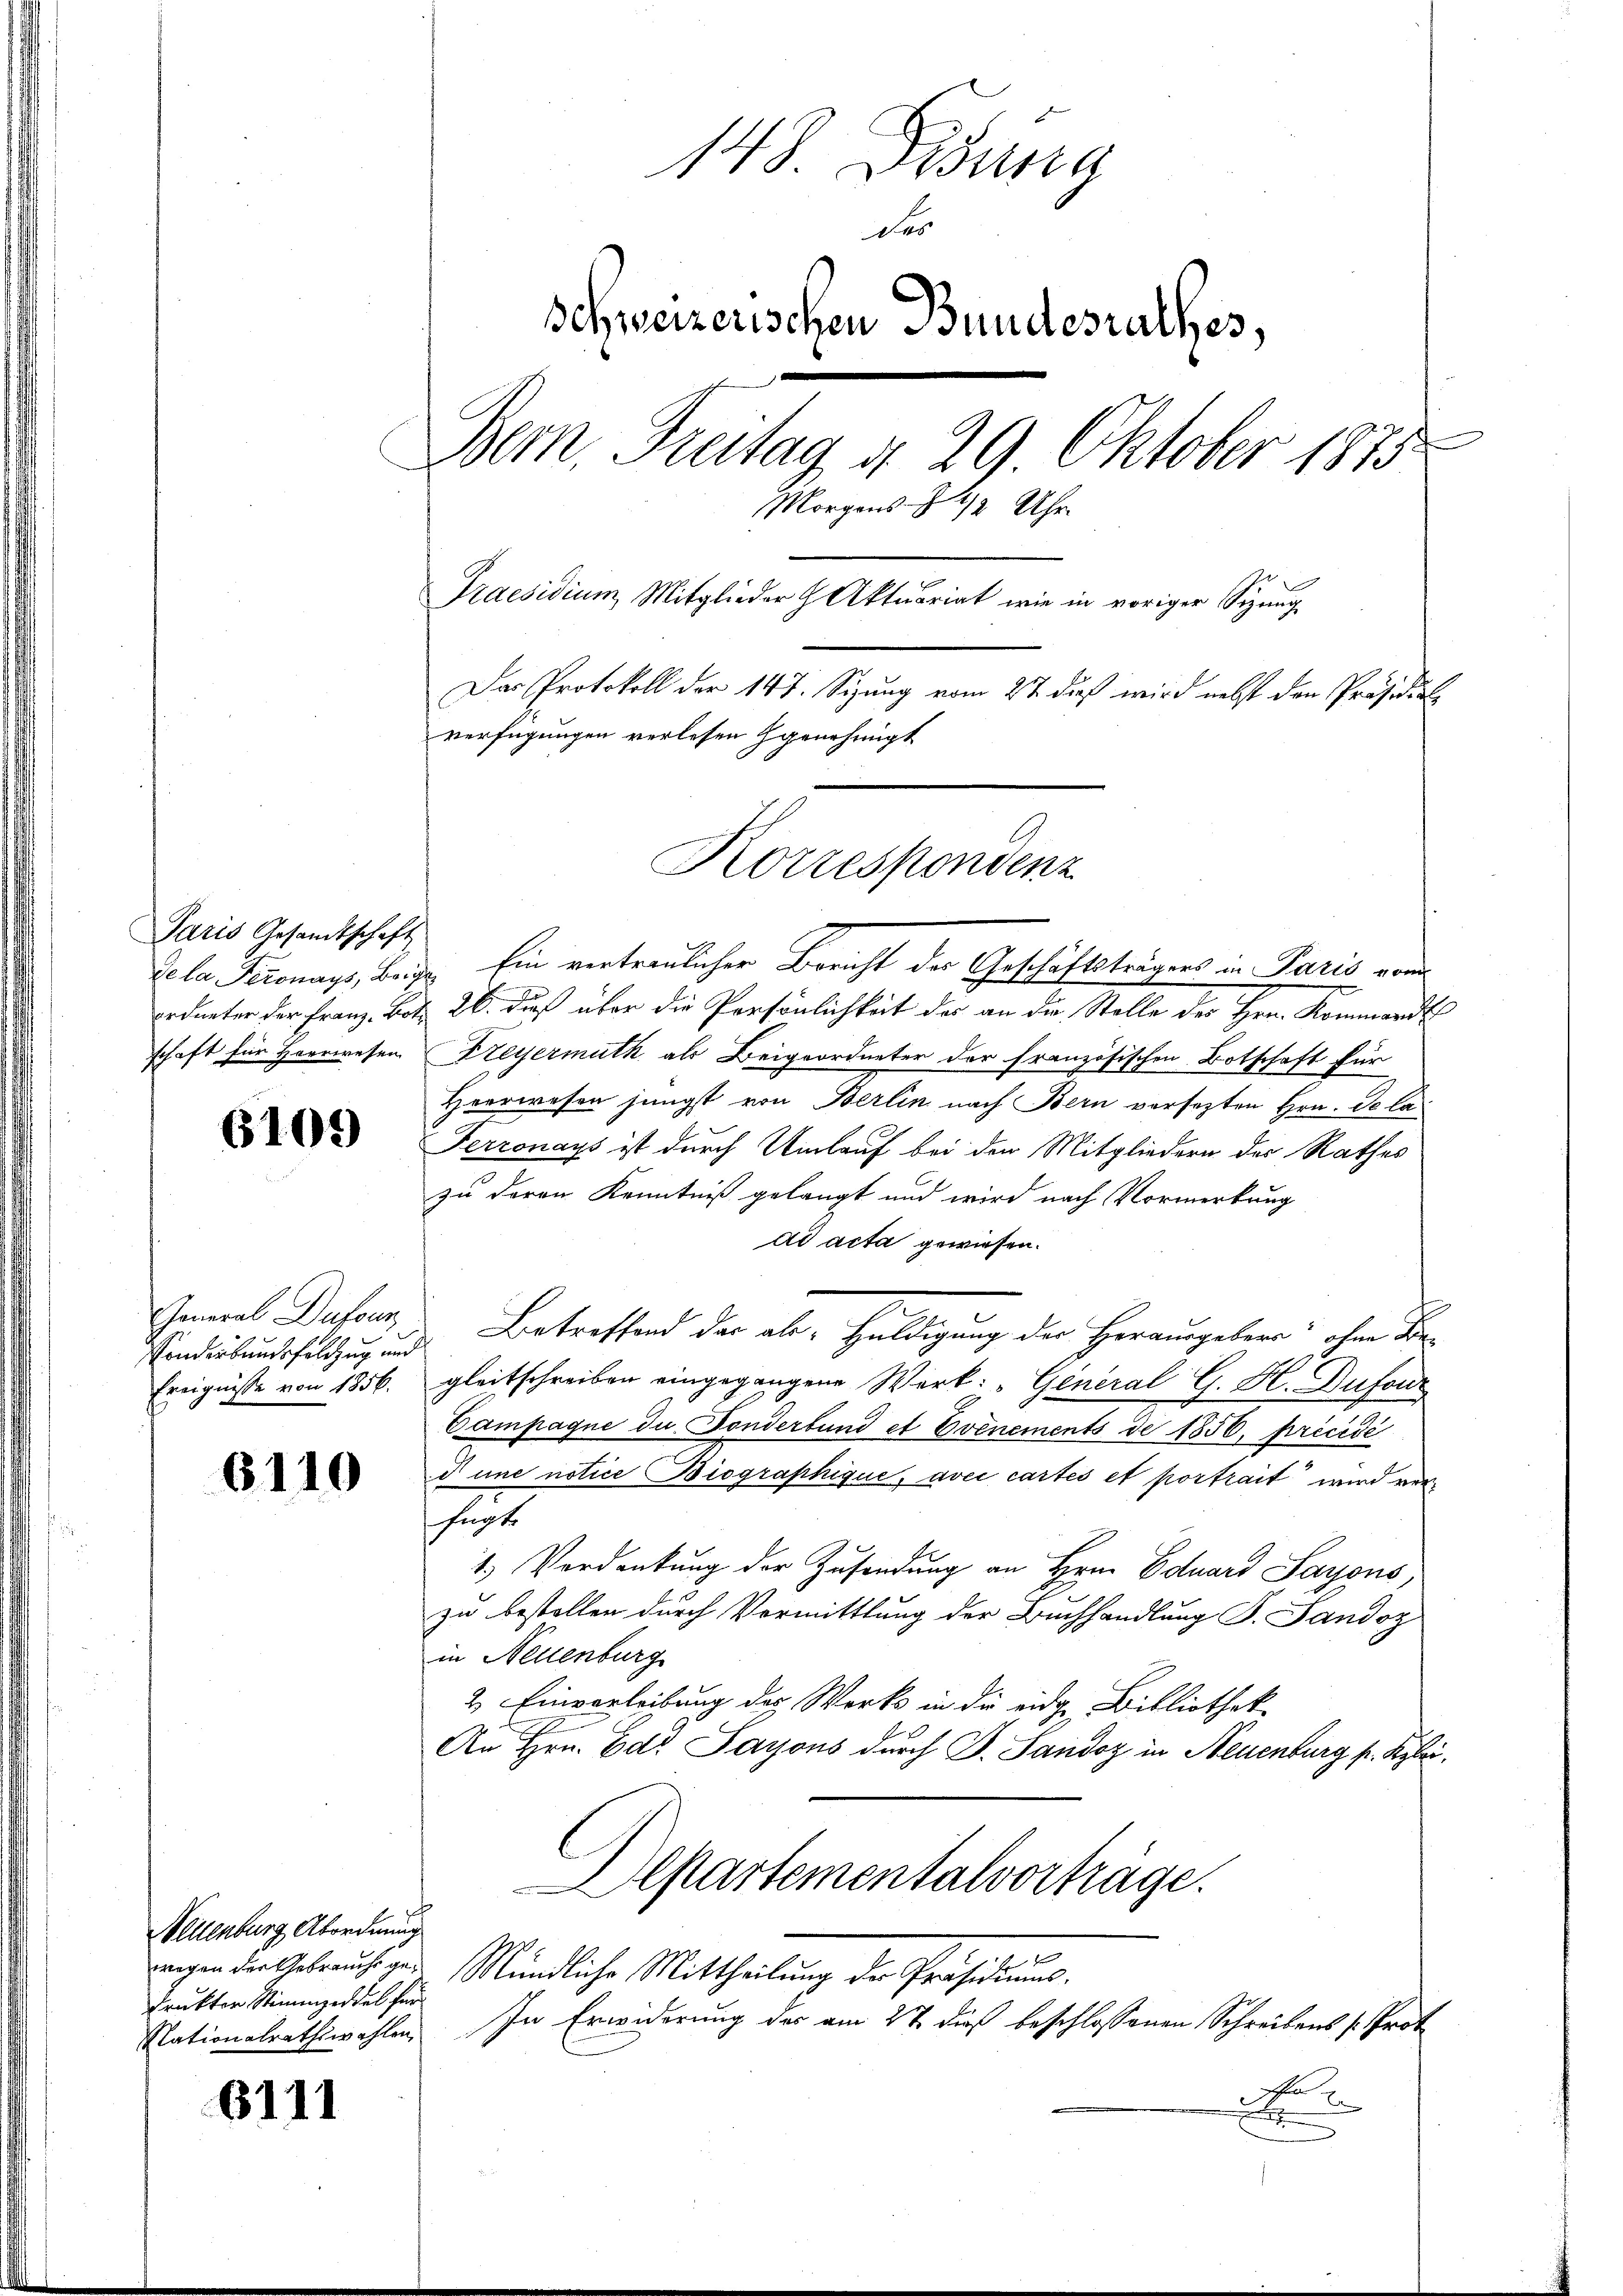
Paris Gesandtschaft

6109

Sonderbundsfeldzug und

6110

Neuenburg Abordnung
drükter Stimmzeddel für

6111

148 Didung
43
schweizerischen Bundesrathes,
f
Bern, Freitag d. 29 Oktober 1875.
Morgens. Z. 42 Uhr.
Praesidium Mitglieder Aktuariat wie in voriger Sizung
Das Protokoll der 147. Sizung vom 2t dieß wird nebst den Präsidial
verfügungen verlesen genehmigt
Korrespondenz

vela Seronays, Bei Ein vertreulicher Bericht der Geschäftsträgers in Paris vom
Erdneten der Franz-Bot. 26. dieß über die Persönlichkeit des an die Stelle des Hrn. Kommandl
schaft für Heerwesen Feyermuth als Beigeordneter der französischen Botschaft für
Heerwesen jüngst von Berlin nach Bern versezten Hrn. De la
Terronays ist durch Umlauf bei der Mitgliedern der Rathes
zu deren Kenntniß gelangt und wird nach Vormerkung
ad acta gewiesen.
Inmal Defern Betreffend der als Huldigung der Herausgebern ohne Be¬
Ereignisse von 1856. gleitschreiben eingegangene Werk: "General G. H. Dufour
Campagne die Fonderbund et Evénements de 1856, précédé
d une notice Biographique, avec cartes et portrait wird verfugte
1.) Verdankung der Zusendung an Hrn. Eduard Sayons,
zu bestellen durch Vermittlung der Buchhandlung S. Sandoz
in Nellenburg
2. Einverleibung des Werks in die eidge Bibliothek-
An Hrn. Ed. Sayons durch G. Sandoz in Neuenburg p. Kybri
Departementalvorträge.
weigen die Gebräuchigen Mündliche Mittheilung der Präsidiums.
Nationalrathswahlen. In Erwiderung des am 27. dieß beschlossenen Schreibens Prot
d